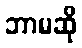
ဘာမဆို